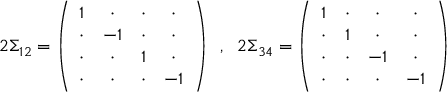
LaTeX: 2 \Sigma _ { 1 2 } = \left( \begin{array} { c c c c } { { 1 } } & { { \cdot } } & { { \cdot } } & { { \cdot } } \\ { { \cdot } } & { { - 1 } } & { { \cdot } } & { { \cdot } } \\ { { \cdot } } & { { \cdot } } & { { 1 } } & { { \cdot } } \\ { { \cdot } } & { { \cdot } } & { { \cdot } } & { { - 1 } } \end{array} \right) \; \; , \; \; 2 \Sigma _ { 3 4 } = \left( \begin{array} { c c c c } { { 1 } } & { { \cdot } } & { { \cdot } } & { { \cdot } } \\ { { \cdot } } & { { 1 } } & { { \cdot } } & { { \cdot } } \\ { { \cdot } } & { { \cdot } } & { { - 1 } } & { { \cdot } } \\ { { \cdot } } & { { \cdot } } & { { \cdot } } & { { - 1 } } \end{array} \right) \nonumber